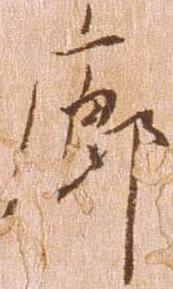
廊